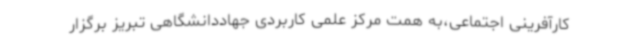
کارآفرینی اجتماعی،به همت مرکز علمی کاربردی جهاددانشگاهی تبریز برگزار